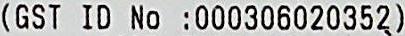
(GST ID NO :000306020352)